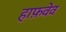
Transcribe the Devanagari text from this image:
हाफ़वेव